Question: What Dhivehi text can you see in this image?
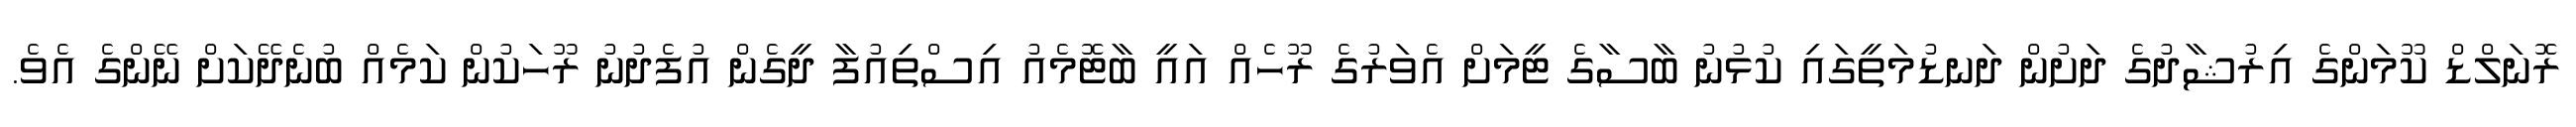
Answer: ރޮނަލްޑް ކޫމަންގެ އިރުޝާދުގެ ދަށުން ދަނޑުމަތީގައި ކުޅުނު ބާސާގެ ޓީމަށް އެވަރުގެ ރޫހެއް އައީ ބާޓޮމެއު އިސްތިއުފާ ދީގެން އުފެދުނު ރޫހަކުން ކަމެއް ބުނެދޭކަށް ނޭންގެ އެވެ.